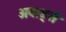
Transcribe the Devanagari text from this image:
अवार्ड्स